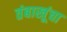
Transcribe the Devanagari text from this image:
तंबाखूंचा